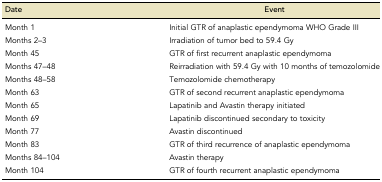
<table><thead><tr><td><b>Date</b></td><td><b>Event</b></td></tr></thead><tbody><tr><td>Month 1</td><td>Initial GTR of anaplastic ependymoma WHO Grade III</td></tr><tr><td>Months 2–3</td><td>Irradiation of tumor bed to 59.4 Gy</td></tr><tr><td>Month 45</td><td>GTR of first recurrent anaplastic ependymoma</td></tr><tr><td>Months 47–48</td><td>Reirradiation with 59.4 Gy with 10 months of temozolomide</td></tr><tr><td>Months 48–58</td><td>Temozolomide chemotherapy</td></tr><tr><td>Month 63</td><td>GTR of second recurrent anaplastic ependymoma</td></tr><tr><td>Month 65</td><td>Lapatinib and Avastin therapy initiated</td></tr><tr><td>Month 69</td><td>Lapatinib discontinued secondary to toxicity</td></tr><tr><td>Month 77</td><td>Avastin discontinued</td></tr><tr><td>Month 83</td><td>GTR of third recurrence of anaplastic ependymoma</td></tr><tr><td>Months 84–104</td><td>Avastin therapy</td></tr><tr><td>Month 104</td><td>GTR of fourth recurrent anaplastic ependymoma</td></tr></tbody></table>